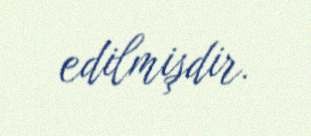
edilmişdir.